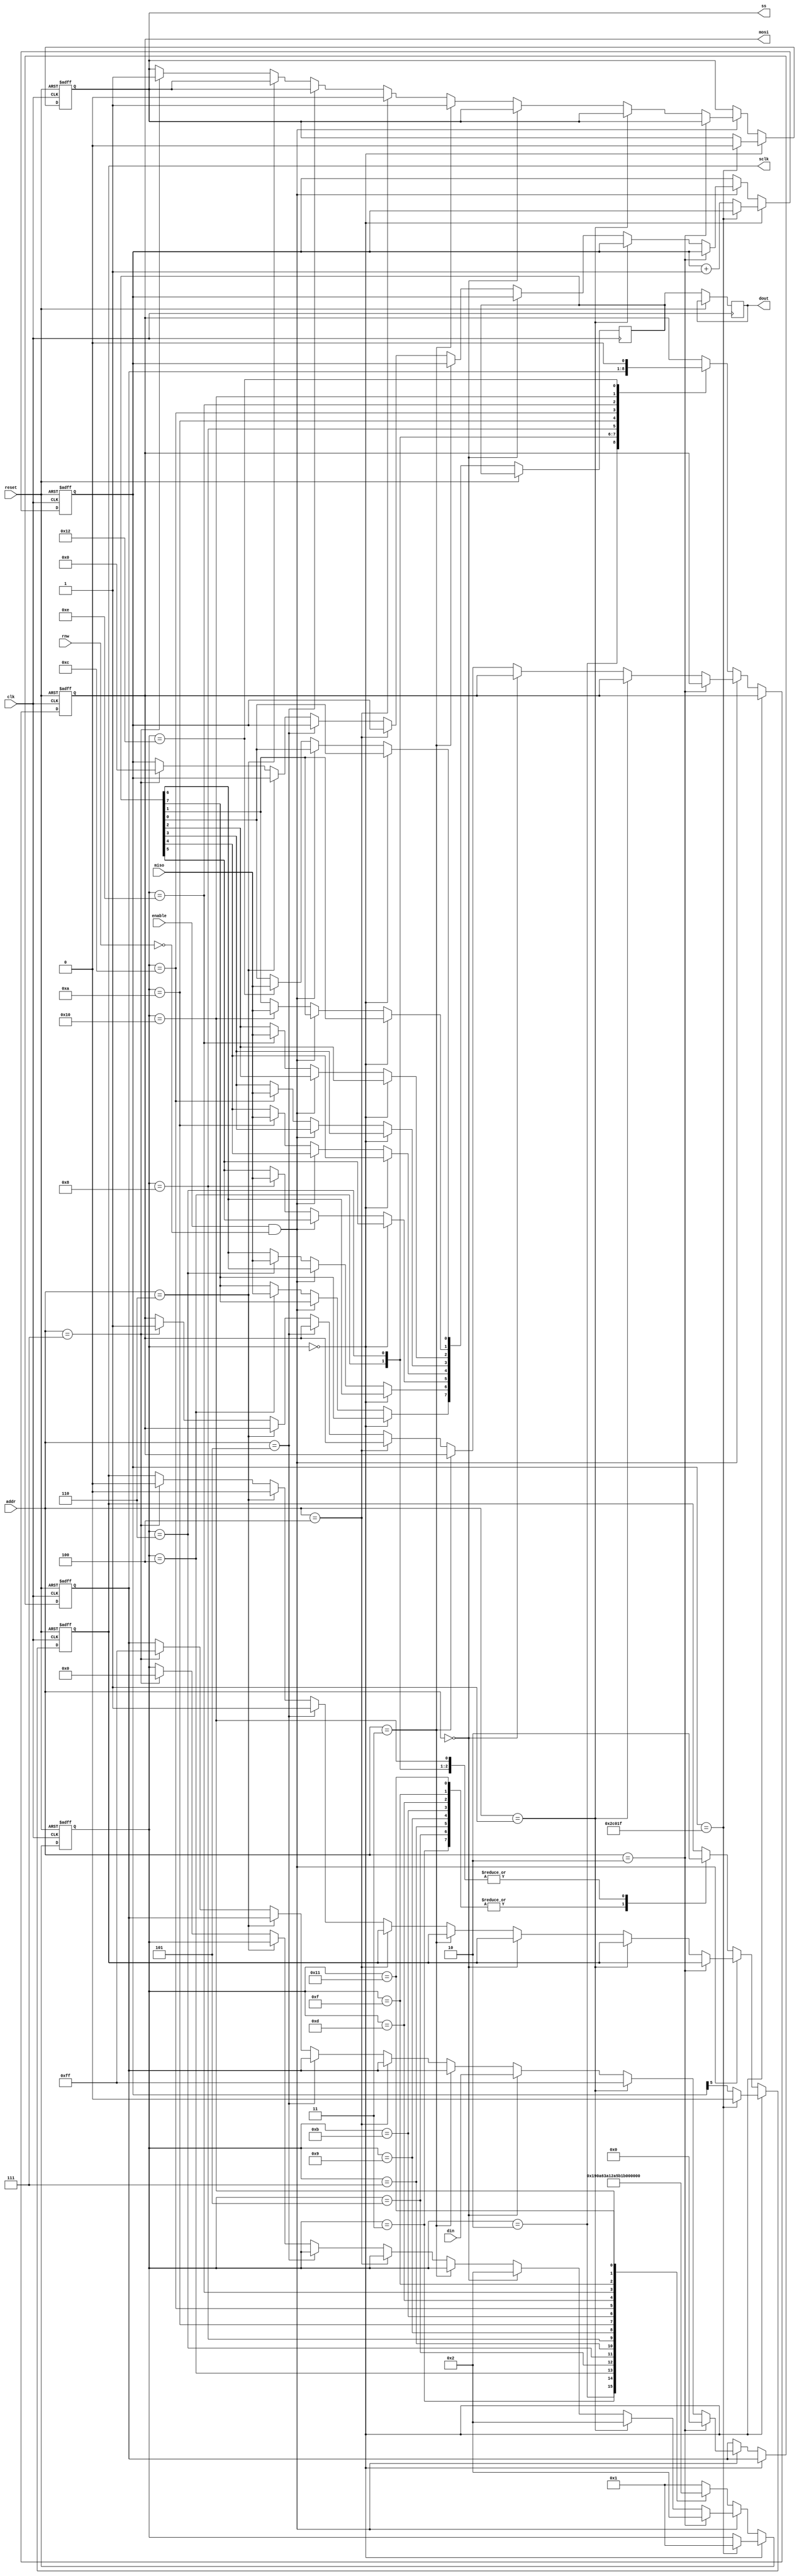
// 0x0  read data
// 0x0  write data
// 0x01 write dummy 0xff
// 0x02 write dummy 0x00
// 0x03 set cs
// 0x04 clr cs 

module spi
  (
   input            clk,
   input            reset,
   input            enable,
   input            rnw,
   input [2:0]      addr,
   input [7:0]      din,
   output reg [7:0] dout,
   input            miso,
   output reg       mosi,
   output reg       ss,
   output reg       sclk
   );

`define spi_init  5'b00000
`define spi_s0    5'b00001
`define spi_s1    5'b00010
`define spi_s2    5'b00011
`define spi_s3    5'b00100
`define spi_s4    5'b00101
`define spi_s5    5'b00110
`define spi_s6    5'b00111
`define spi_s7    5'b01000
`define spi_s8    5'b01001
`define spi_s9    5'b01010
`define spi_s10   5'b01011
`define spi_s11   5'b01100
`define spi_s12   5'b01101
`define spi_s13   5'b01110
`define spi_s14   5'b01111
`define spi_s15   5'b10000
`define spi_s16   5'b10001
`define spi_s17   5'b10010

   reg [4:0] state;
   reg [7:0] serial_out;
   reg [7:0] serial_in;
   reg [17:0] count;

//------------------------------------------------------------
// Process Copies SPI port word to appropriate ctrl register
//------------------------------------------------------------
   always @(posedge clk, posedge reset)
     begin
        if (reset)
          begin
             state      <= `spi_init;
             ss         <= 1'b1;
             mosi       <= 1'b1;
             sclk       <= 1'b0;
             serial_out <= 8'hff;
             count      <= 0;
          end
        else
          begin             
             if (state == `spi_init)
               begin
                  if (count == 180255) // 32 * 88 * 64 + 31
                    begin
                       state <= `spi_s0;
                       sclk  <= 1'b0;
                       ss    <= 1'b0;
                    end
                  else
                    begin
                       sclk  <= count[5]; // 250 KHz
                       count <= count + 1;
                    end
               end
             else if (enable && !rnw )
               begin
                  if (addr == 3'b010)
                    begin
                       serial_out <= 8'h00;
                       state <= `spi_s1;
                    end
                  else if (addr == 3'b001)
                    begin
                       serial_out <= 8'hff;                       
                       state <= `spi_s1;
                    end
                  else if (addr == 3'b000)
                    begin
                       serial_out <= din;
                       state <= `spi_s1;
                    end
                  else if (addr == 3'b011)
                    begin
                       ss <= 1'b1;
                    end
                  else if (addr == 3'b100)
                    begin
                       ss <= 1'b0;
                    end
                  else if (addr == 3'b101)
                    begin
                       sclk <= 1'b1;
                    end
                  else if (addr == 3'b110)
                    begin
                       sclk <= 1'b0;
                    end
                  else if (addr == 3'b111)
                    begin
                       state      <= `spi_init;
                       ss         <= 1'b1;
                       mosi       <= 1'b1;
                       sclk       <= 1'b0;
                       serial_out <= 8'hff;
                       count       <= 0;
                    end
               end
             else
               case (state)  // Address state machine                 
                 `spi_s1  : begin state <= `spi_s2;  sclk <= 1'b0; mosi <= serial_out[7]; end
                 `spi_s2  : begin state <= `spi_s3;  sclk <= 1'b1; end
                 `spi_s3  : begin state <= `spi_s4;  sclk <= 1'b0; mosi <= serial_out[6]; serial_in[7] <= miso; end //serial_in
                 `spi_s4  : begin state <= `spi_s5;  sclk <= 1'b1; end
                 `spi_s5  : begin state <= `spi_s6;  sclk <= 1'b0; mosi <= serial_out[5]; serial_in[6] <= miso; end
                 `spi_s6  : begin state <= `spi_s7;  sclk <= 1'b1; end
                 `spi_s7  : begin state <= `spi_s8;  sclk <= 1'b0; mosi <= serial_out[4]; serial_in[5] <= miso; end
                 `spi_s8  : begin state <= `spi_s9;  sclk <= 1'b1; end
                 `spi_s9  : begin state <= `spi_s10; sclk <= 1'b0; mosi <= serial_out[3]; serial_in[4] <= miso; end
                 `spi_s10 : begin state <= `spi_s11; sclk <= 1'b1; end
                 `spi_s11 : begin state <= `spi_s12; sclk <= 1'b0; mosi <= serial_out[2]; serial_in[3] <= miso; end
                 `spi_s12 : begin state <= `spi_s13; sclk <= 1'b1; end
                 `spi_s13 : begin state <= `spi_s14; sclk <= 1'b0; mosi <= serial_out[1]; serial_in[2] <= miso; end
                 `spi_s14 : begin state <= `spi_s15; sclk <= 1'b1; end
                 `spi_s15 : begin state <= `spi_s16; sclk <= 1'b0; mosi <= serial_out[0]; serial_in[1] <= miso; end
                 `spi_s16 : begin state <= `spi_s17; sclk <= 1'b1; end
                 `spi_s17 : begin state <= `spi_s0;  sclk <= 1'b0; mosi <= 1'b0; serial_in[0] <= miso; end
                 default  : begin state <= `spi_s0; end // return to idle state
               endcase

             dout <= serial_in;

          end

     end // always @ (posedge clk, posedge reset)

endmodule // spi